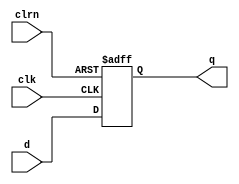
module dff2(d,clk,clrn,q
    );
	 input [1:0] d;
	 input clk,clrn;
	 output [1:0] q;
    reg [1:0] q;
    always @ (posedge clk or negedge clrn) begin
			if (clrn == 0) q <= 0;
			else				q <= d;
	 end	 
endmodule